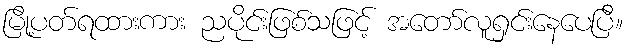
မြို့ပတ်ရထားကား ညပိုင်းဖြစ်သဖြင့် အတော်လူရှင်းနေပေပြီ။